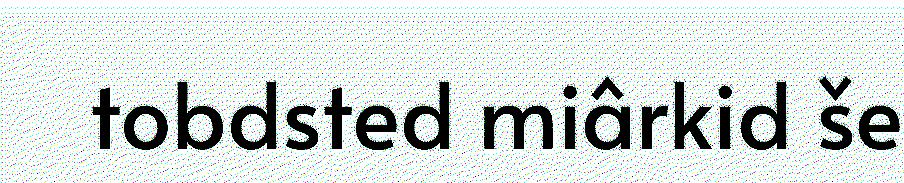
tobdsted miârkid še